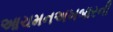
આચમનઅખબારની